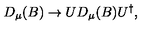
D _ { \mu } ( B ) \rightarrow U D _ { \mu } ( B ) U ^ { \dagger } ,